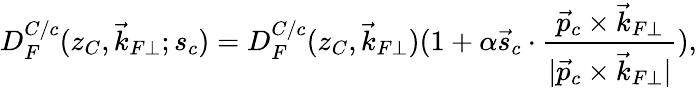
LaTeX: D_{F}^{C/c}(z_{C},\vec{k}_{F\perp};s_{c})=D_{F}^{C/c}(z_{C},\vec{k}_{F\perp})(1+\alpha\vec{s}_{c}\cdot{\frac{\vec{p}_{c}\times\vec{k}_{F\perp}}{|\vec{p}_{c}\times\vec{k}_{F\perp}|}}),